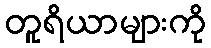
တူရိယာများကို